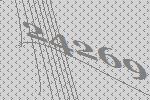
24269